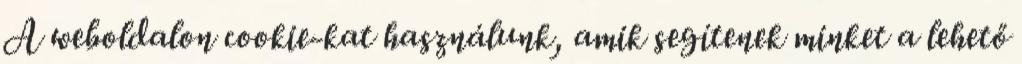
A weboldalon cookie-kat használunk, amik segítenek minket a lehető